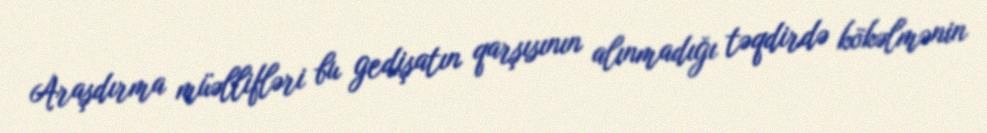
Araşdırma müəllifləri bu gedişatın qarşısının alınmadığı təqdirdə kökəlmənin